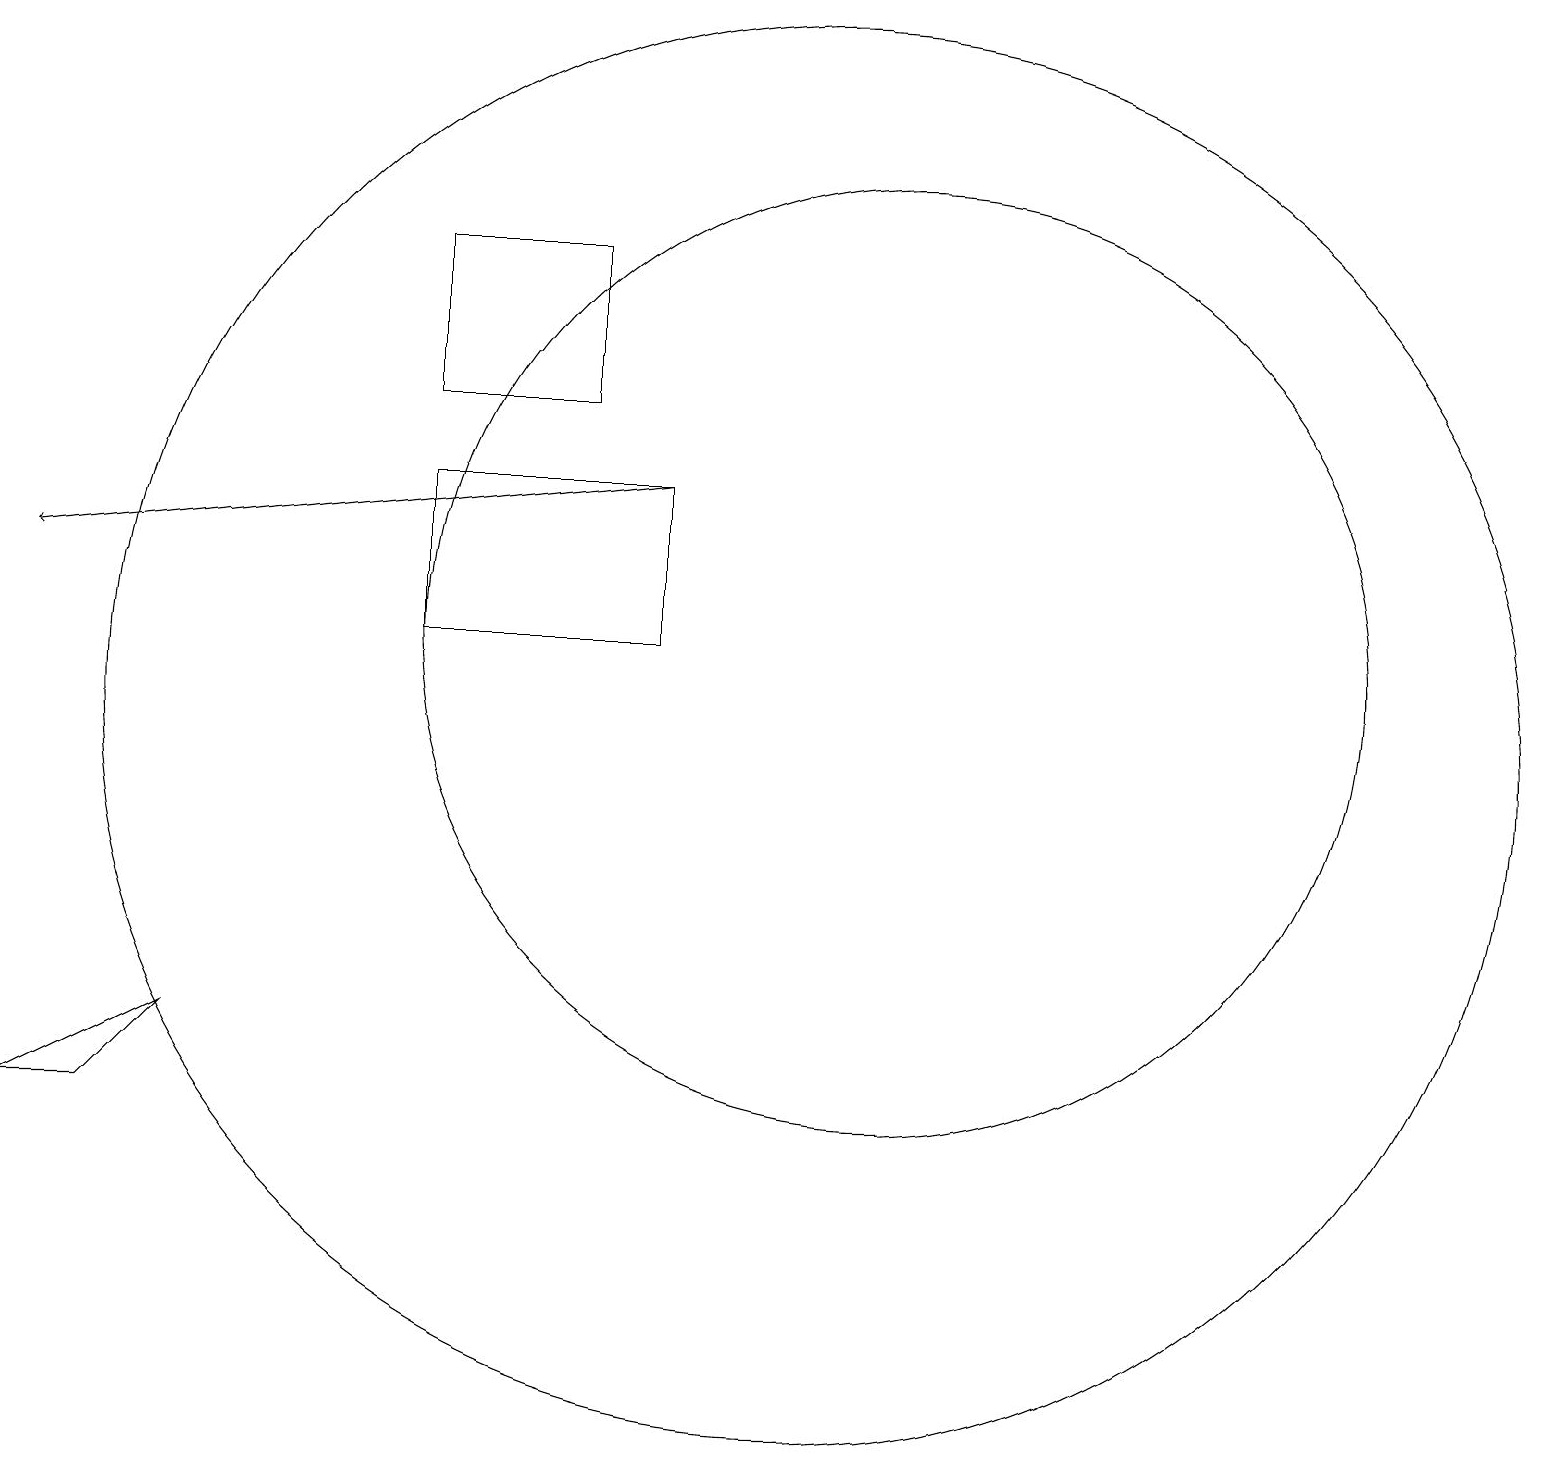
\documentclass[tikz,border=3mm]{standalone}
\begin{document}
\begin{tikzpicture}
\draw (5,14) rectangle (7,16);
\draw (2,6) -- (1,5) -- (0,5) -- cycle;
\draw (10,10) circle (9);
\draw (5,11) rectangle (8,13);
\draw[->] (8,13) -- (0,12);
\draw (11,11) circle (6);
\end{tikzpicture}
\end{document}